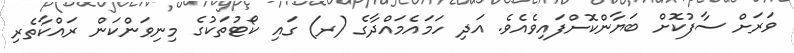
ވަރަށް ސާފުކޮށް ބަޔާންކޮށްފައިވެއެވެ. އަދި ހަމައެމައްދާގެ (ރ) ގައި ކޯޓުތަކުގެ މިނިވަންކަން ރައްކާތެރި